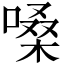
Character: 嗓